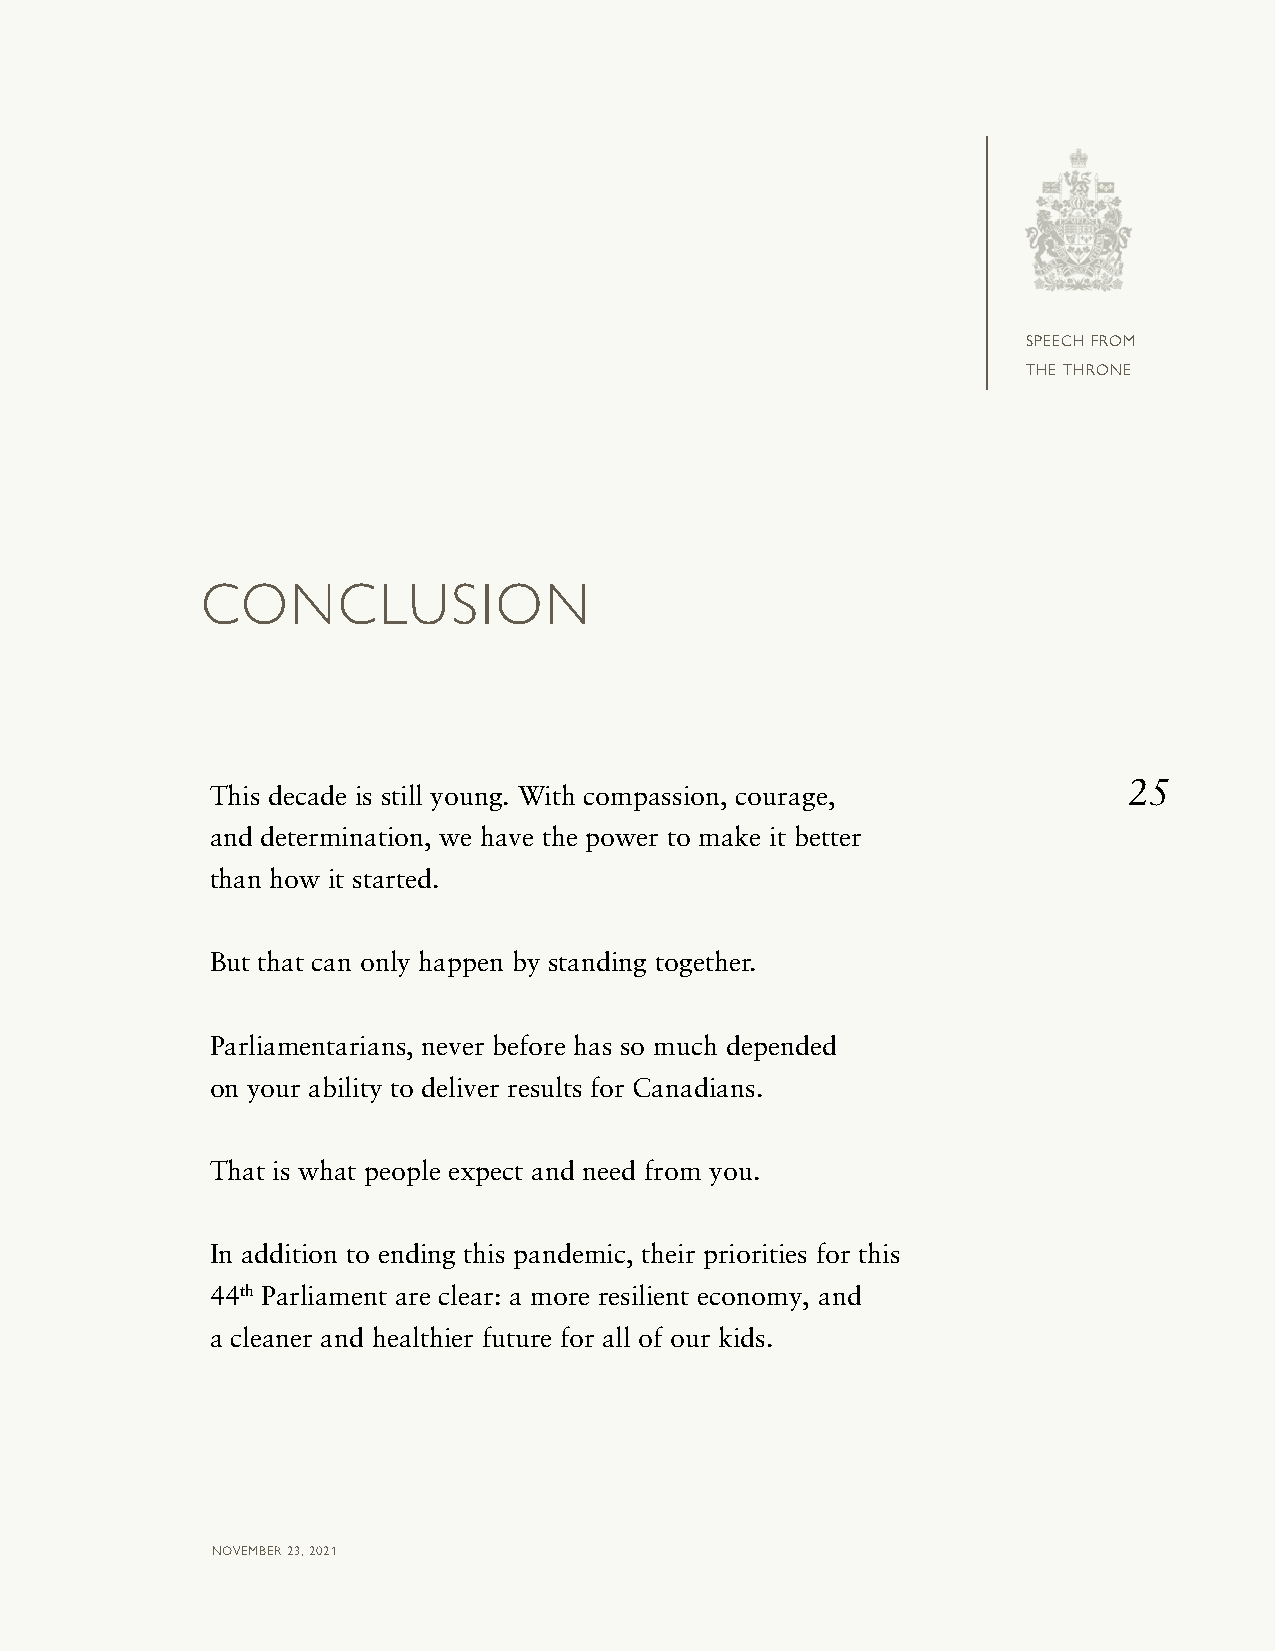
SPEECH FROM
 THE THRONE
 CONCLUSION
 25
 This decade is still young. With compassion, courage,
 and determination, we have the power to make it better
 than how it started.
 But that can only happen by standing together.
 Parliamentarians, never before has so much depended
 on your ability to deliver results for Canadians.
 That is what people expect and need from you.
 In addition to ending this pandemic, their priorities for this
 44th Parliament are clear: a more resilient economy, and
 a cleaner and healthier future for all of our kids.
 NOVEMBER 23, 2021